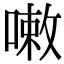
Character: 𠻳